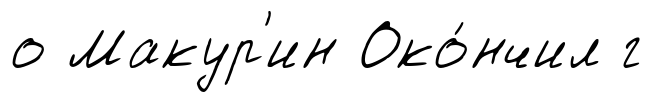
о Макур'ин Око́нчил г